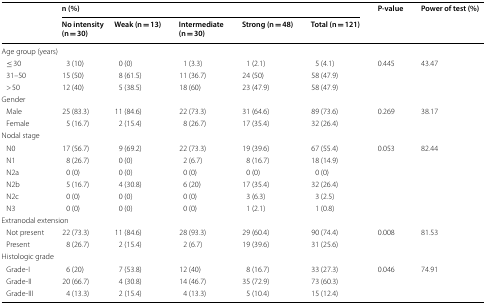
<table><thead><tr><td rowspan="2"></td><td colspan="5"><b>n (%)</b></td><td rowspan="2"><b>P-value</b></td><td rowspan="2"><b>Power of test (%)</b></td></tr><tr><td><b>No intensity (n = 30)</b></td><td><b>Weak (n = 13)</b></td><td><b>Intermediate (n = 30)</b></td><td><b>Strong (n = 48)</b></td><td><b>Total (n = 121)</b></td></tr></thead><tbody><tr><td colspan="8">Age group (years)</td></tr><tr><td> ≤ 30</td><td>3 (10)</td><td>0 (0)</td><td>1 (3.3)</td><td>1 (2.1)</td><td>5 (4.1)</td><td rowspan="3">0.445</td><td rowspan="3">43.47</td></tr><tr><td> 31–50</td><td>15 (50)</td><td>8 (61.5)</td><td>11 (36.7)</td><td>24 (50)</td><td>58 (47.9)</td></tr><tr><td> &gt; 50</td><td>12 (40)</td><td>5 (38.5)</td><td>18 (60)</td><td>23 (47.9)</td><td>58 (47.9)</td></tr><tr><td colspan="8">Gender</td></tr><tr><td> Male</td><td>25 (83.3)</td><td>11 (84.6)</td><td>22 (73.3)</td><td>31 (64.6)</td><td>89 (73.6)</td><td rowspan="2">0.269</td><td rowspan="2">38.17</td></tr><tr><td> Female</td><td>5 (16.7)</td><td>2 (15.4)</td><td>8 (26.7)</td><td>17 (35.4)</td><td>32 (26.4)</td></tr><tr><td colspan="8">Nodal stage</td></tr><tr><td> N0</td><td>17 (56.7)</td><td>9 (69.2)</td><td>22 (73.3)</td><td>19 (39.6)</td><td>67 (55.4)</td><td rowspan="6">0.053</td><td rowspan="6">82.44</td></tr><tr><td> N1</td><td>8 (26.7)</td><td>0 (0)</td><td>2 (6.7)</td><td>8 (16.7)</td><td>18 (14.9)</td></tr><tr><td> N2a</td><td>0 (0)</td><td>0 (0)</td><td>0 (0)</td><td>0 (0)</td><td>0 (0)</td></tr><tr><td> N2b</td><td>5 (16.7)</td><td>4 (30.8)</td><td>6 (20)</td><td>17 (35.4)</td><td>32 (26.4)</td></tr><tr><td> N2c</td><td>0 (0)</td><td>0 (0)</td><td>0 (0)</td><td>3 (6.3)</td><td>3 (2.5)</td></tr><tr><td> N3</td><td>0 (0)</td><td>0 (0)</td><td>0 (0)</td><td>1 (2.1)</td><td>1 (0.8)</td></tr><tr><td colspan="8">Extranodal extension</td></tr><tr><td> Not present</td><td>22 (73.3)</td><td>11 (84.6)</td><td>28 (93.3)</td><td>29 (60.4)</td><td>90 (74.4)</td><td rowspan="2">0.008</td><td rowspan="2">81.53</td></tr><tr><td> Present</td><td>8 (26.7)</td><td>2 (15.4)</td><td>2 (6.7)</td><td>19 (39.6)</td><td>31 (25.6)</td></tr><tr><td colspan="8">Histologic grade</td></tr><tr><td> Grade-I</td><td>6 (20)</td><td>7 (53.8)</td><td>12 (40)</td><td>8 (16.7)</td><td>33 (27.3)</td><td rowspan="3">0.046</td><td rowspan="3">74.91</td></tr><tr><td> Grade-II</td><td>20 (66.7)</td><td>4 (30.8)</td><td>14 (46.7)</td><td>35 (72.9)</td><td>73 (60.3)</td></tr><tr><td> Grade-III</td><td>4 (13.3)</td><td>2 (15.4)</td><td>4 (13.3)</td><td>5 (10.4)</td><td>15 (12.4)</td></tr></tbody></table>